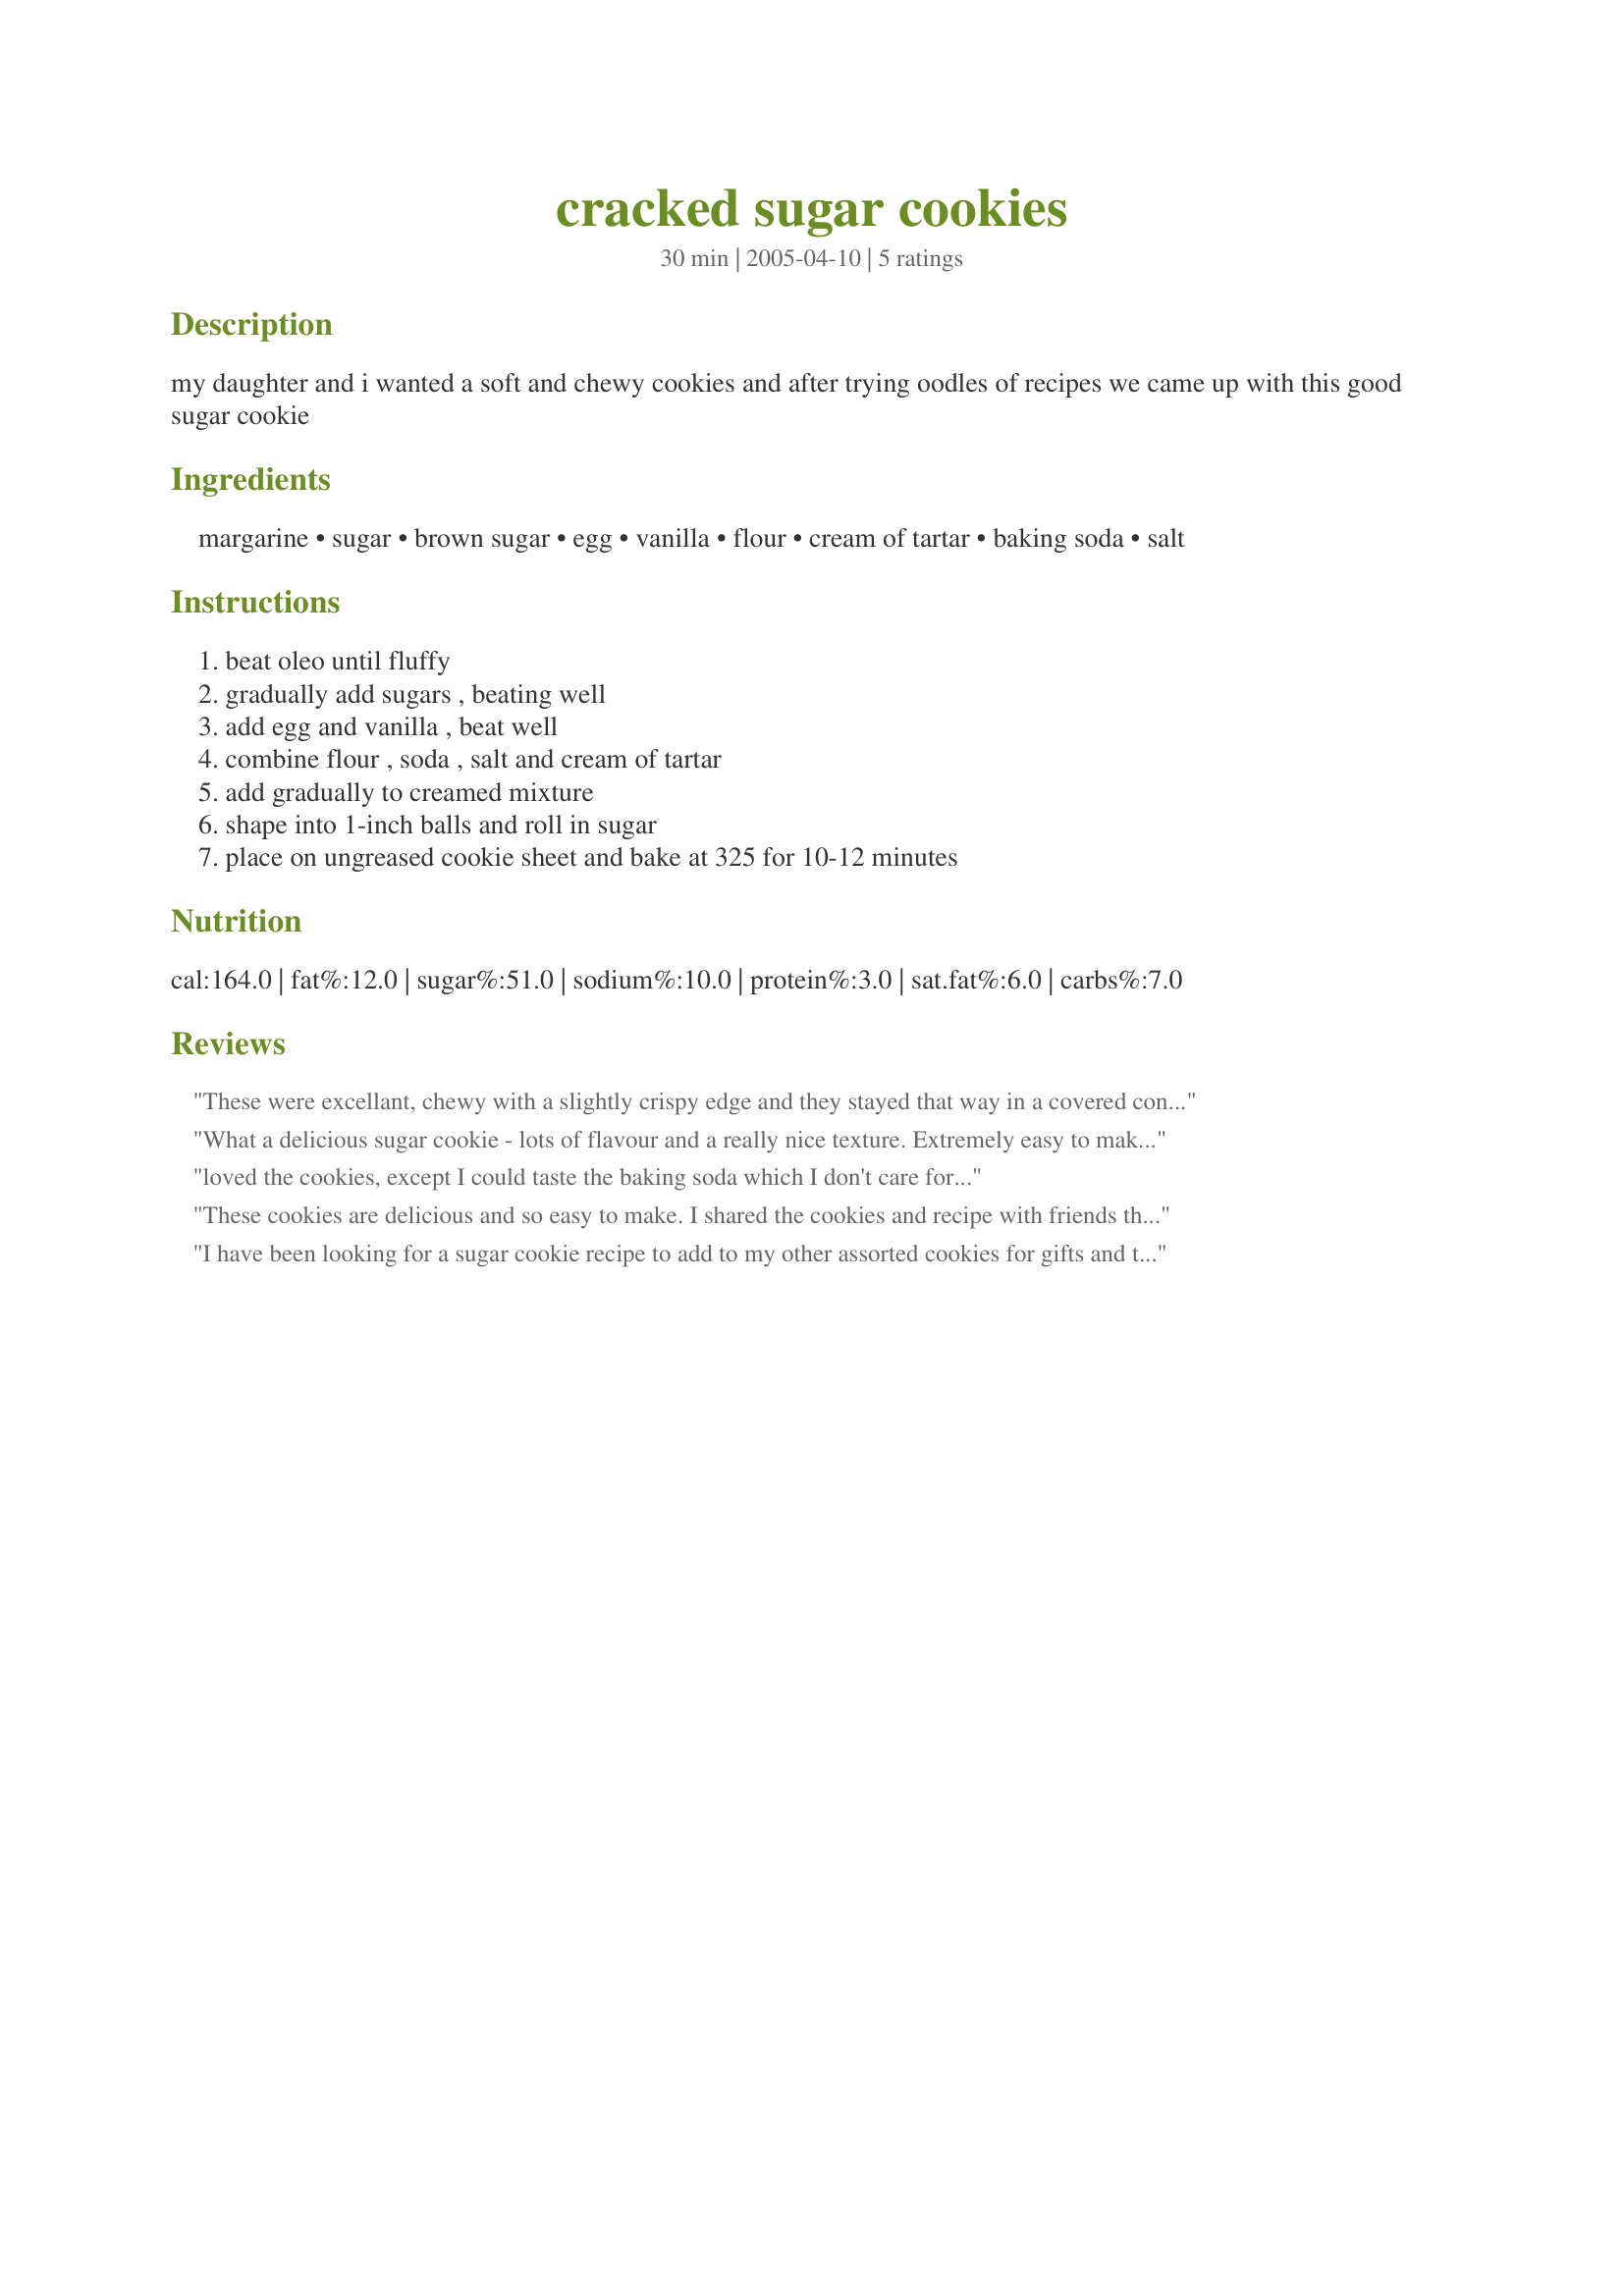
cracked sugar cookies
Preparation time: 30 minutes

my daughter and i wanted a soft and chewy cookies and after trying oodles of recipes we came up with this good sugar cookie

Ingredients:
margarine, sugar, brown sugar, egg, vanilla, flour, cream of tartar, baking soda, salt

Steps:
beat oleo until fluffy, gradually add sugars , beating well, add egg and vanilla , beat well, combine flour , soda , salt and cream of tartar, add gradually to creamed mixture, shape into 1-inch balls and roll in sugar, place on ungreased cookie sheet and bake at 325 for 10-12 minutes

Reviews:
These were excellant, chewy with a slightly crispy edge and they stayed that way in a covered container also! Passing this recipe along to others, its great!
What a delicious sugar cookie - lots of flavour and a really nice texture. Extremely easy to make. I just had 2 with a cup of tea and really enjoyed them. Tomorrow will be putting some in DH's lunchbox as a sweet treat. Appreciate you sharing this wonderful recipe.
loved the cookies, except I could taste the baking soda which I don't care for...
These cookies are delicious and so easy to make. I shared the cookies and recipe with friends the first day I made them.
I have been looking for a sugar cookie recipe to add to my other assorted cookies for gifts and these are as close as I am going to get. They were just right. I'm going to reduce the sugar and use a butter cream frosting. But yes I did have a SLIGHT problem with the tangy acid taste from the baking soda/cream of tartar. Of course I made them vegan. Thank you so much! I had little hope I would find a sugar cookie recipe like this.
